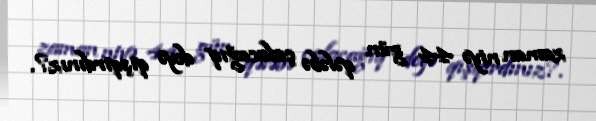
zaman niyə 44 gün qələbə çalacağıq deyə qışqırdınız?.